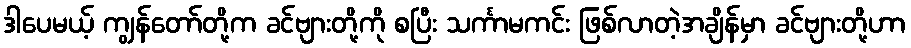
ဒါပေမယ့် ကျွန်တော်တို့က ခင်ဗျားတို့ကို စပြီး သင်္ကာမကင်း ဖြစ်လာတဲ့အချိန်မှာ ခင်ဗျားတို့ဟာ